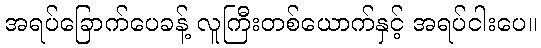
အရပ်ခြောက်ပေခန့် လူကြီးတစ်ယောက်နှင့် အရပ်ငါးပေ။